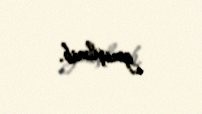
genişlənib.